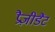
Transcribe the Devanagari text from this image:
प्रैज़ीडैंट